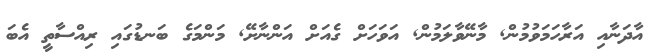
އާދަނާއި އަރާހަމަވުމުން